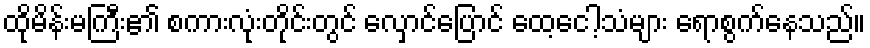
ထိုမိန်းမကြီး၏ စကားလုံးတိုင်းတွင် လှောင်ပြောင် ထေ့ငေါ့သံများ ရောစွက်နေသည်။